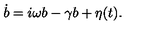
\dot { b } = i \omega b - \gamma b + \eta ( t ) .